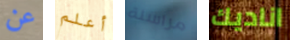
عن أعلم مراسلة اناديك